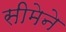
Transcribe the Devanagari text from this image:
सीमेने